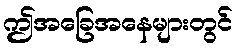
ဤအခြေအနေများတွင်